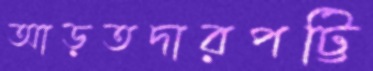
আড়তদারপট্টি